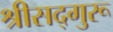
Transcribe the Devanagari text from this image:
श्रीसद्गुरू